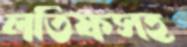
লতিফসহ